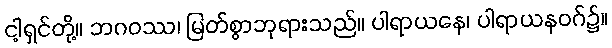
ငါ့ရှင်တို့။ ဘဂဝဿ၊ မြတ်စွာဘုရားသည်။ ပါရာယနေ၊ ပါရာယနဝဂ်၌။